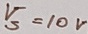
Text: V5=10V